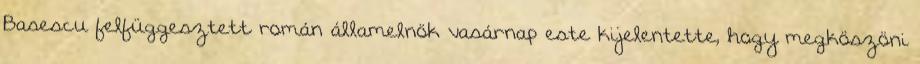
Basescu felfüggesztett román államelnök vasárnap este kijelentette, hogy megköszöni